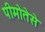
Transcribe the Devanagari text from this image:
पीमोतेसे